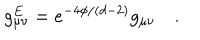
LaTeX: g _ { \mu \nu } ^ { E } = e ^ { - 4 \phi / ( d - 2 ) } g _ { \mu \nu } \quad .